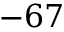
- 6 7